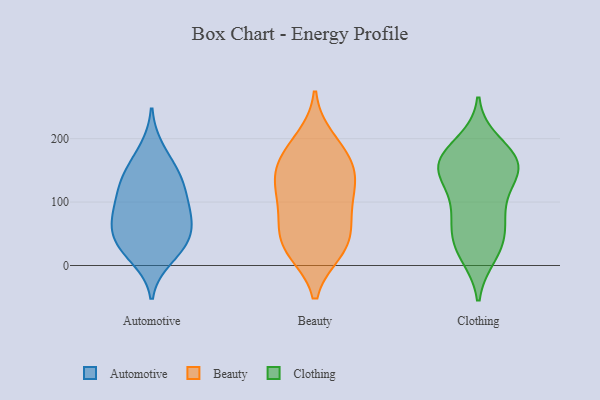
{"axis": {"x": "Tickets Resolved", "y": "Value"}, "legend": ["Automotive", "Beauty", "Clothing"], "data": [{"x": "", "y": 75, "type": "Automotive"}, {"x": "", "y": 183, "type": "Automotive"}, {"x": "", "y": 12, "type": "Automotive"}, {"x": "", "y": 138, "type": "Automotive"}, {"x": "", "y": 140, "type": "Automotive"}, {"x": "", "y": 84, "type": "Automotive"}, {"x": "", "y": 106, "type": "Automotive"}, {"x": "", "y": 40, "type": "Automotive"}, {"x": "", "y": 33, "type": "Automotive"}, {"x": "", "y": 56, "type": "Automotive"}, {"x": "", "y": 69, "type": "Automotive"}, {"x": "", "y": 28, "type": "Automotive"}, {"x": "", "y": 147, "type": "Automotive"}, {"x": "", "y": 108, "type": "Automotive"}, {"x": "", "y": 23, "type": "Beauty"}, {"x": "", "y": 33, "type": "Beauty"}, {"x": "", "y": 175, "type": "Beauty"}, {"x": "", "y": 43, "type": "Beauty"}, {"x": "", "y": 199, "type": "Beauty"}, {"x": "", "y": 24, "type": "Beauty"}, {"x": "", "y": 136, "type": "Beauty"}, {"x": "", "y": 145, "type": "Beauty"}, {"x": "", "y": 86, "type": "Beauty"}, {"x": "", "y": 120, "type": "Beauty"}, {"x": "", "y": 97, "type": "Beauty"}, {"x": "", "y": 66, "type": "Beauty"}, {"x": "", "y": 143, "type": "Beauty"}, {"x": "", "y": 175, "type": "Beauty"}, {"x": "", "y": 69, "type": "Clothing"}, {"x": "", "y": 88, "type": "Clothing"}, {"x": "", "y": 128, "type": "Clothing"}, {"x": "", "y": 141, "type": "Clothing"}, {"x": "", "y": 87, "type": "Clothing"}, {"x": "", "y": 153, "type": "Clothing"}, {"x": "", "y": 23, "type": "Clothing"}, {"x": "", "y": 173, "type": "Clothing"}, {"x": "", "y": 167, "type": "Clothing"}, {"x": "", "y": 193, "type": "Clothing"}, {"x": "", "y": 161, "type": "Clothing"}, {"x": "", "y": 158, "type": "Clothing"}, {"x": "", "y": 158, "type": "Clothing"}, {"x": "", "y": 36, "type": "Clothing"}, {"x": "", "y": 17, "type": "Clothing"}, {"x": "", "y": 48, "type": "Clothing"}]}